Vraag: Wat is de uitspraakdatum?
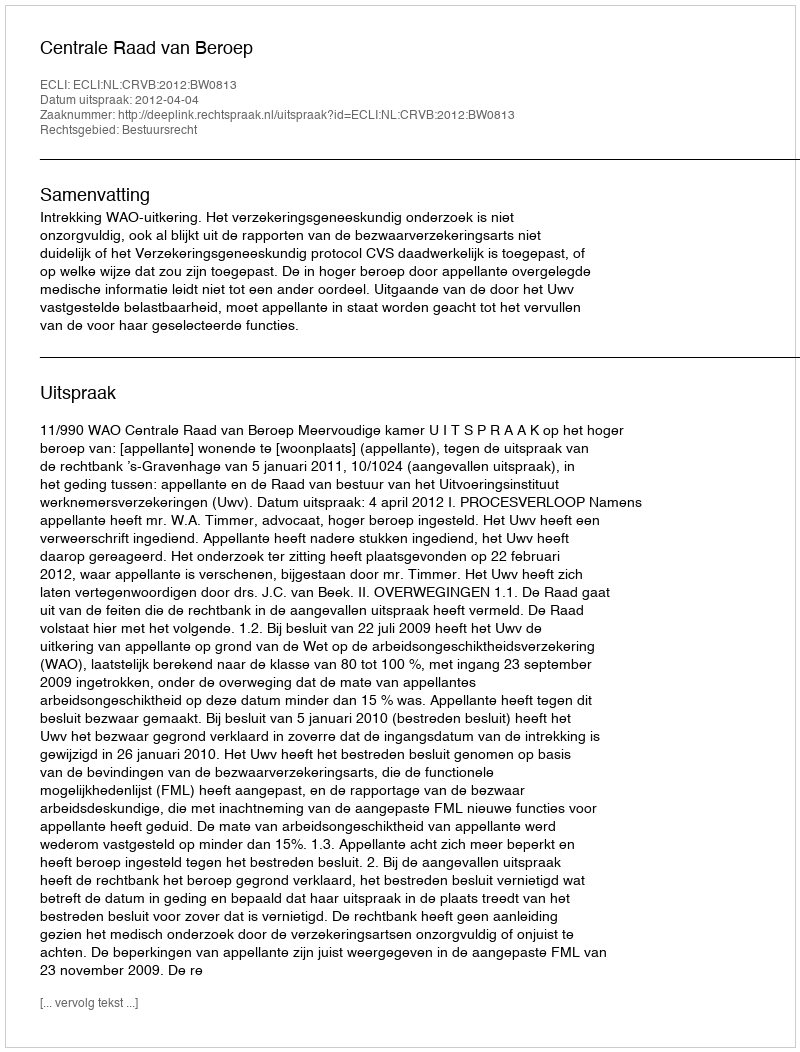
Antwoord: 2012-04-04